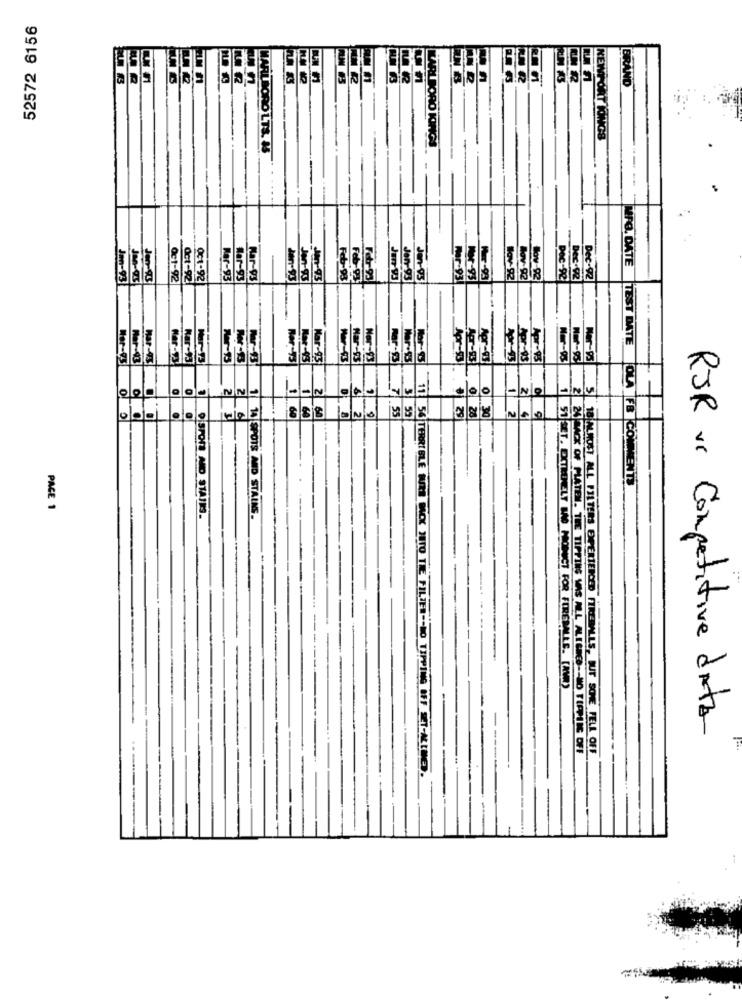
52572 6156
ND
LTS. 85
Mar-
MFG. DATE
CT-92
001-92
Mor:
Ner
TEST DATE
Mar-43
har-43
Mar-13
Nor-13
Mar-97
Mar-93
Apr-83
Apr-53
Apr-05
11
7
54
2
833 UND
030
OLA FB CO
SPOTS
NTS
JACK OF PLATEM.
PACE 1
ELY
ACK
FOR FIREBALLS. [AVW)
RJR ve Competitive data
ALL ALIGNED -- NO TIPPING OFF
18 ALMOST ALL FILTERS EXPERIENCED FIREBALLS, BUT SOME FELL OFF
----